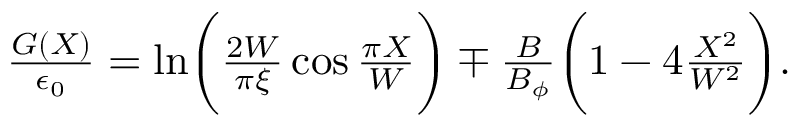
\begin{array} { r } { \frac { G ( X ) } { \epsilon _ { 0 } } = \ln \biggl ( \frac { 2 W } { \pi \xi } \cos \frac { \pi X } { W } \biggr ) \mp \frac { B } { B _ { \phi } } \biggl ( 1 - 4 \frac { X ^ { 2 } } { W ^ { 2 } } \biggr ) . } \end{array}